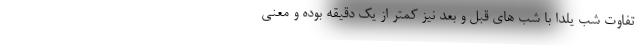
تفاوت شب یلدا با شب های قبل و بعد نیز کمتر از یک دقیقه بوده و معنی